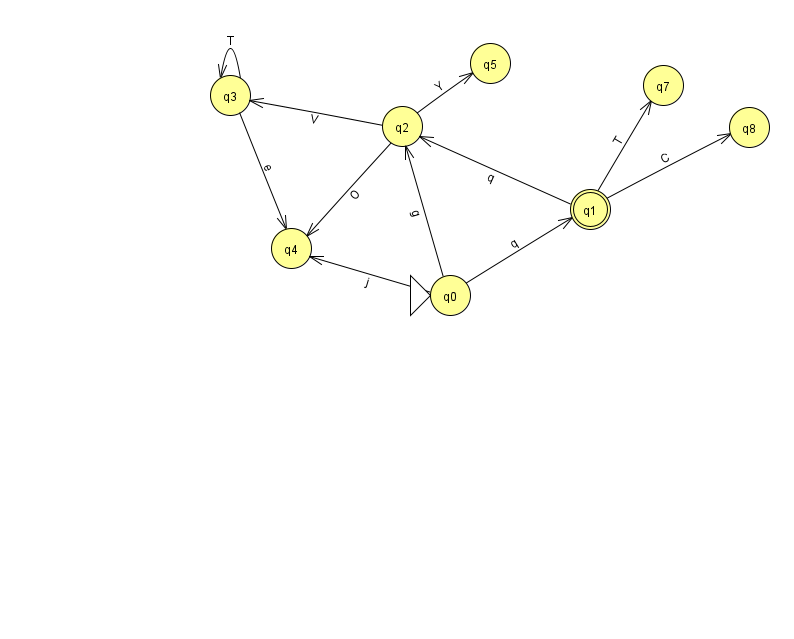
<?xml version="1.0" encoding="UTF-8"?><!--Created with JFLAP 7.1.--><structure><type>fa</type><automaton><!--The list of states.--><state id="0" name="q0"><x>450.0</x><y>282.0</y><initial/></state><state id="1" name="q1"><x>590.0</x><y>196.0</y><final/></state><state id="2" name="q2"><x>402.0</x><y>113.0</y></state><state id="3" name="q3"><x>230.0</x><y>82.0</y></state><state id="4" name="q4"><x>291.0</x><y>235.0</y></state><state id="5" name="q5"><x>490.0</x><y>50.0</y></state><state id="7" name="q7"><x>663.0</x><y>72.0</y></state><state id="8" name="q8"><x>749.0</x><y>114.0</y></state><!--The list of transitions.--><transition><from>0</from><to>1</to><read>q</read></transition><transition><from>3</from><to>3</to><read>T</read></transition><transition><from>0</from><to>4</to><read>j</read></transition><transition><from>1</from><to>8</to><read>C</read></transition><transition><from>1</from><to>7</to><read>T</read></transition><transition><from>2</from><to>4</to><read>O</read></transition><transition><from>3</from><to>4</to><read>e</read></transition><transition><from>1</from><to>2</to><read>q</read></transition><transition><from>2</from><to>3</to><read>V</read></transition><transition><from>0</from><to>2</to><read>g</read></transition><transition><from>2</from><to>5</to><read>Y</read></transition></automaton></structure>